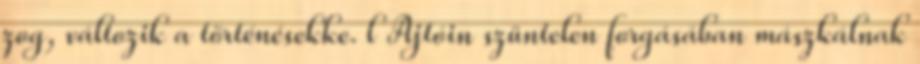
zog, változik a történésekke. l Ajtóin szüntelen forgásában mászkálnak